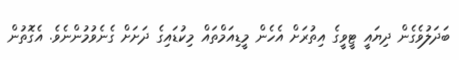
ބަދަލުވެގެން ދިޔައީ ޓީވީގެ އިތުރަށް އެހެން މީޑިއަމްތައް މިކުޑައިގެ ދަށަށް ގެނެވުމުންނެވެ. އެގޮތުން